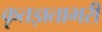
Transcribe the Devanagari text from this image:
कृतज्ञताभरी